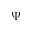
\Psi